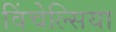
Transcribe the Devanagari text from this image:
विंचेल्सिया